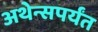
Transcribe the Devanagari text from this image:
अथेन्सपर्यंत